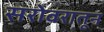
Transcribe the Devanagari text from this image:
सरोवरातून